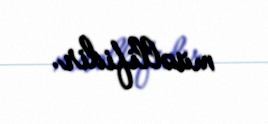
müəllifidir.